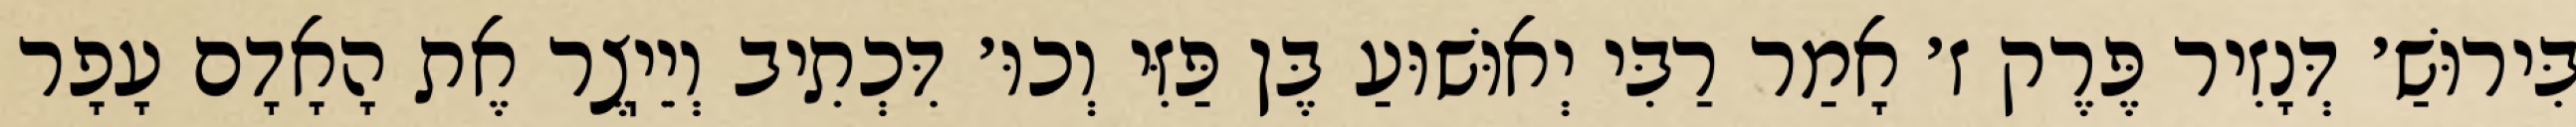
בִּירוּשַׁ׳ דְּנָזִיר פֶּרֶק ז׳ אָמַר רַבִּי יְאוּשׁוּעַ בֶּן פַּזִּי וְכוּ׳ דִּכְתִיב וְיֵיֽצֶר אֶת הָאָדָם עָפָר